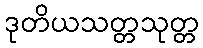
ဒုတိယသတ္တသုတ္တ